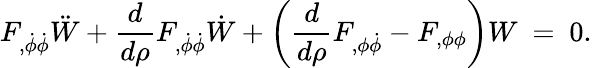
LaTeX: F_{,\dot{\phi}\dot{\phi}}\ddot{W}+{\frac{d}{d\rho}}F_{,\dot{\phi}\dot{\phi}}\dot{W}+\left({\frac{d}{d\rho}}F_{,\phi\dot{\phi}}-F_{,\phi\phi}\right)W~=~0.